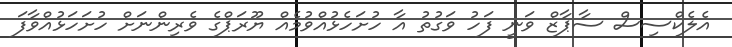
އެލެކްސިސް ސާޕާޒް ވަނީ ފަހު ވަގުތު އާ ހުށަހެޅުއްވުމެއް ޔޫރަޕްގެ ވެރިންނަށް ހުށަހަޅުއްވާފަ